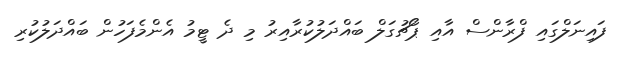
ފައިނަލްގައި ފްރާންސް އާއި ޕޯޗުގަލް ބައްދަލުކުރާއިރު މި ދެ ޓީމު އެންމެފަހުން ބައްދަލުކުރި